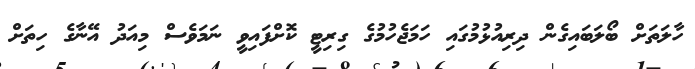
ހާލަތަށް ބޯލަބައިގެން ދިރިއުޅުމުގައި ހަމަޖެހުމުގެ ގިރިޓީ ކޮށްފައިވީ ނަމަވެސް މިއަދު އޭނާގެ ހިތަށް